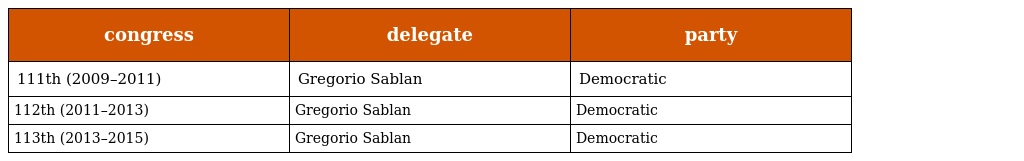
| congress | delegate | party |
 | --- | --- | --- |
 | 111th (2009–2011) | Gregorio Sablan | Democratic |
 | 112th (2011–2013) | Gregorio Sablan | Democratic |
 | 113th (2013–2015) | Gregorio Sablan | Democratic |